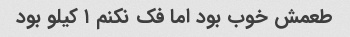
طعمش خوب بود اما فک نکنم ۱ کیلو بود